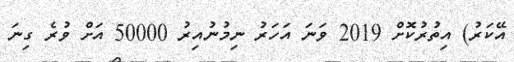
އޭކަރު) އިތުރުކޮށް 2019 ވަނަ އަހަރު ނިމުނުއިރު 50000 އަށް ވުރެ ގިނަ